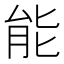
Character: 能